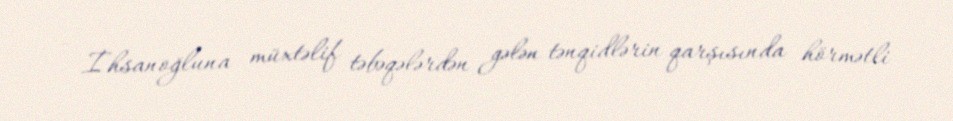
- İhsanoğluna müxtəlif təbəqələrdən gələn tənqidlərin qarşısında hörmətli